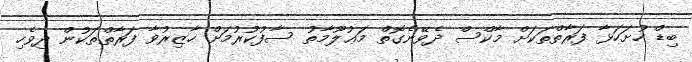
ބިޑް ހުށަހަޅާ ފަރާތްތަކަށް މާކްސް ދެވޭނެގޮތް މަޢުލޫމާތު ސާފުކުރުމަށް ހާޒިރުވާ ފަރާތްތަކުން ދިވެހި